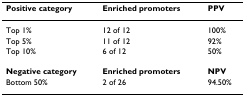
<table><thead><tr><td><b>Positive category</b></td><td><b>Enriched promoters</b></td><td><b>PPV</b></td></tr></thead><tbody><tr><td>Top 1%</td><td>12 of 12</td><td>100%</td></tr><tr><td>Top 5%</td><td>11 of 12</td><td>92%</td></tr><tr><td>Top 10%</td><td>6 of 12</td><td>50%</td></tr><tr><td><b>Negative category</b></td><td><b>Enriched promoters</b></td><td><b>NPV</b></td></tr><tr><td>Bottom 50%</td><td>2 of 26</td><td>94.50%</td></tr></tbody></table>